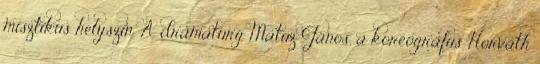
misztikus helyszín. A dramaturg Matuz János, a koreográfus Horváth